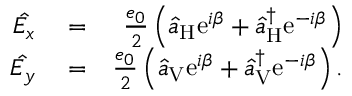
\begin{array} { r l r } { \hat { E _ { x } } } & { { } = } & { \frac { e _ { 0 } } { 2 } \left( \hat { a } _ { \mathrm { H } } \mathrm { e } ^ { i \beta } + \hat { a } _ { \mathrm { H } } ^ { \dagger } \mathrm { e } ^ { - i \beta } \right) } \\ { \hat { E _ { y } } } & { { } = } & { \frac { e _ { 0 } } { 2 } \left( \hat { a } _ { \mathrm { V } } \mathrm { e } ^ { i \beta } + \hat { a } _ { \mathrm { V } } ^ { \dagger } \mathrm { e } ^ { - i \beta } \right) . } \end{array}